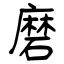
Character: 磨